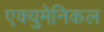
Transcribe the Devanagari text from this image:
एक्युमेनिकल